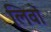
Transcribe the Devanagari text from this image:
लिवों